Annual administration report of the Civil Veterinary Department of India - 1897-1898
Year: 1897
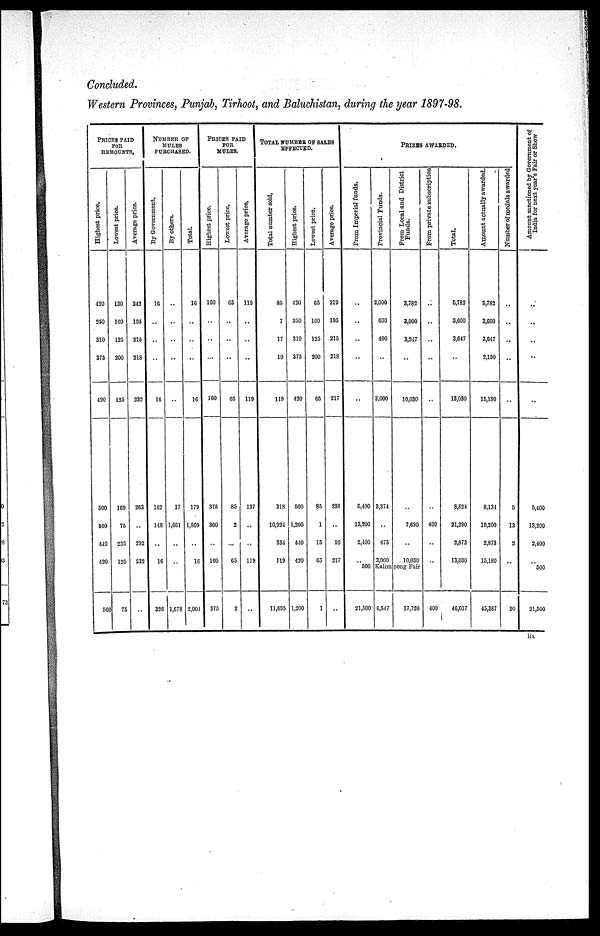
Concluded.
Western Provinces, Punjab, Tirhoot, and Baluchistan, during the year 1897—98.
PRICES PAID
FOR
REMOUNT,
Highest price.
420
250
310
375
420
500
560
440
420
560
Lowest price.
130
160
125
200
125
169
75
235
125
75
Average price.
242
195
215
218
232
263
..
292
232
..
NUMBER OF
MULES
PURCHASED.
By Government.
16
..
..
..
10
162
148
..
16
326
By others.
..
..
..
..
..
17
1,661
..
..
1,678
Total.
16
..
..
..
16
179
1,809
..
16
2,004
PRICES PAID
FOR
MULES.
Highest price.
160
..
..
...
160
375
360
..
160
375
Lowest price.
65
..
..
..
65
85
2
..
65
2
Average price.
119
..
..
..
119
137
..
..
119
..
TOTAL NUMBER OF SALES
EFFECTED.
Total number sold.
85
7
17
10
119
318
10,924
334
119
11,695
Highest price.
420
250
310
375
420
500
1,200
440
420
1,200
Lowest price.
65
160
125
200
65
85
1
15
65
1
Average price.
219
195
215
218
217
238
..
92
217
..
PRIZES AWARDED.
From Imperial funds.
..
..
..
..
..
5,400
13,200
2,400
..
500
21,500
Provincial Funds.
2,000
600
400
..
3,000
3,374
..
473
3,000
Prom Local and District
Funds.
3,782
3,000
3,247
....
10,030
7,690
..
10,030
Kalimpong Fair
6,847
17,720
From private subscription
..
..
..
..
..
400
..
..
400
Total.
5,782
3,600
3,647
..
13,030
8,824
21,290
2,873
13,030
46,017
Amount actually awarded.
5,782
3,600
3,647
2,150
15,180
8,134
19,200
2,873
15,180
45,387
Number of medals awarded
..
..
..
..
..
5
13
2
..
20
Amount sanctioned by Government of
India for next year's Fair or Show
..
..
..
..
..
5,400
13,200
2,400
..
500
21,500
lix